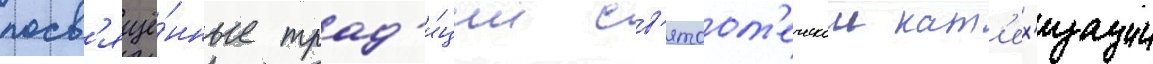
посв'ящё́нные трад'и́ции св'ятоот'еческои кат'ех'изации